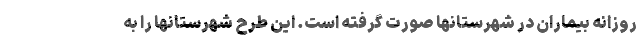
روزانه بیماران در شهرستانها صورت گرفته است. این طرح شهرستانها را به